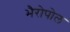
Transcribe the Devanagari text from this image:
भैरोपोल